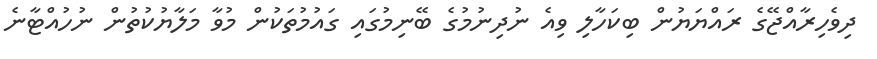
ދިވެހިރާއްޖޭގެ ރައްޔަޔުން ބިކަހާލި ވިއެ ނުދިނުމުގެ ބޭނިމުގައި ގައުމުތަކުން މުވާ މަލާޔުކުތުން ނުހުއްޓާނެ